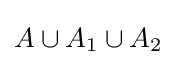
A\cup A_{1}\cup A_{2}